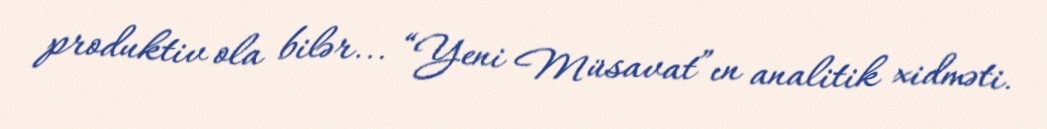
produktiv ola bilər... “Yeni Müsavat”ın analitik xidməti.